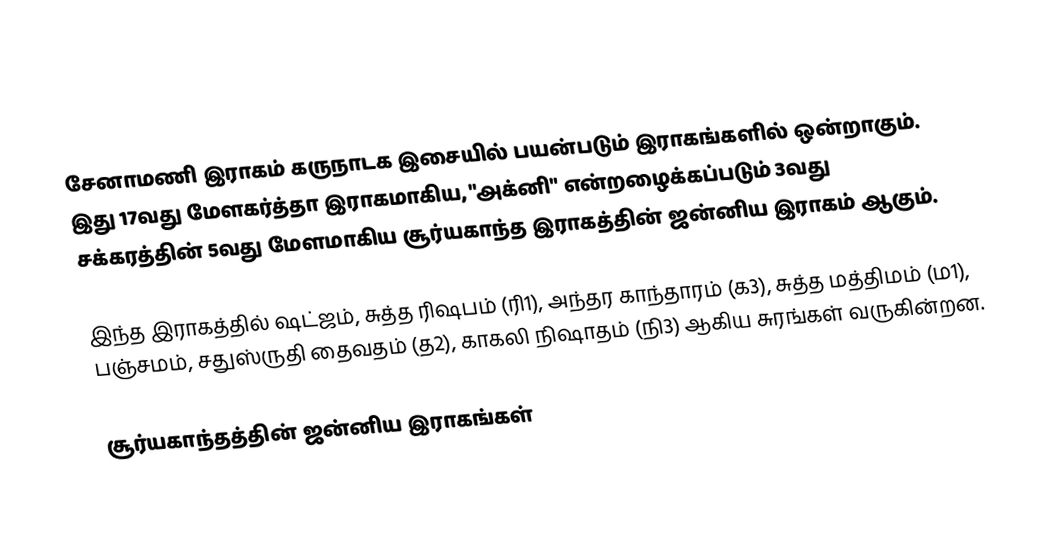
சேனாமணி இராகம் கருநாடக இசையில் பயன்படும் இராகங்களில் ஒன்றாகும். இது 17வது மேளகர்த்தா இராகமாகிய, "அக்னி" என்றழைக்கப்படும் 3வது சக்கரத்தின் 5வது மேளமாகிய சூர்யகாந்த இராகத்தின் ஜன்னிய இராகம் ஆகும்.

இந்த இராகத்தில் ஷட்ஜம், சுத்த ரிஷபம் (ரி1),  அந்தர காந்தாரம் (க3), சுத்த மத்திமம் (ம1), பஞ்சமம், சதுஸ்ருதி தைவதம் (த2), காகலி நிஷாதம்  (நி3) ஆகிய சுரங்கள் வருகின்றன.

சூர்யகாந்தத்தின் ஜன்னிய இராகங்கள்